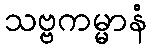
သဗ္ဗကမ္မာနံ